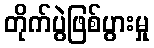
တိုက်ပွဲဖြစ်ပွားမှု